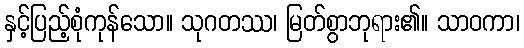
နှင့်ပြည့်စုံကုန်သော။ သုဂတဿ၊ မြတ်စွာဘုရား၏။ သာဝကာ၊